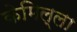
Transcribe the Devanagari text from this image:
केमिल्ला